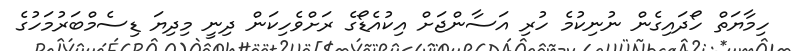
ހިމާޔަތް ހޯދައިގެން ނުނިކުމެ ހުރި އަސާންޖަށް އިކުއެޑޯގެ ރަށްވެހިކަން ދިނީ މިދިޔަ ޑިސެމްބަރުމަހުގެ